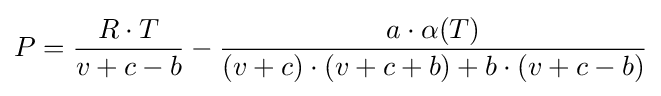
P={\frac {R\cdot T}{v+c-b}}-{\frac {a\cdot \alpha (T)}{(v+c)\cdot (v+c+b)+b\cdot (v+c-b)}}